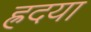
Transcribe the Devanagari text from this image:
ह्रदया